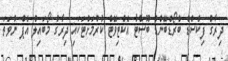
ދިރާގު ފިކްސްޑް ބްރޯޑްބޭންޑް ބޫސްޓާ އެކްޓިވޭޓް ކުރުމަށްޓަކައި ދިރާގު މޯބައިލް އެޕް ނުވަތަ